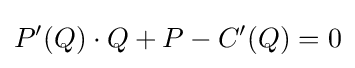
P'(Q)\cdot Q+P-C'(Q)=0